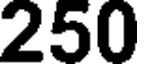
250